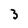
Character: 3